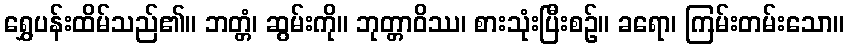
ရွှေပန်းထိမ်သည်၏။ ဘတ္တံ၊ ဆွမ်းကို။ ဘုတ္တာဝိဿ၊ စားသုံးပြီးစဉ်။ ခရော၊ ကြမ်းတမ်းသော။